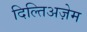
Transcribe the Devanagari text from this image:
दिल्तिअज़ेम